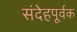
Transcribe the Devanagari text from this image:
संदेहपूर्वक